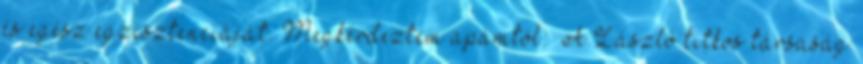
és egész egzisztenciáját. Megkérdeztem apámtól: „A László titkos társaság